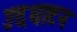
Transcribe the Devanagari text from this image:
उदधाटन